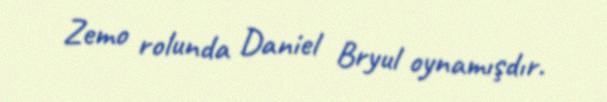
Zemo rolunda Daniel Bryul oynamışdır.